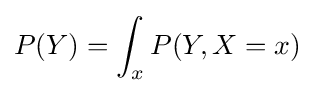
P(Y)=\int _{x}P(Y,X=x)